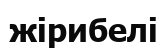
жірибелі